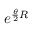
e ^ { \frac { \theta } { 2 } R }